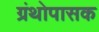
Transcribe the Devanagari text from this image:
ग्रंथोपासक